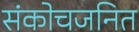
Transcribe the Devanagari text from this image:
संकोचजनित